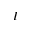
I